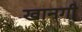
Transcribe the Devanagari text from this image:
खानगी